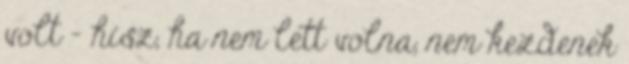
volt - hisz, ha nem lett volna, nem kezdenek